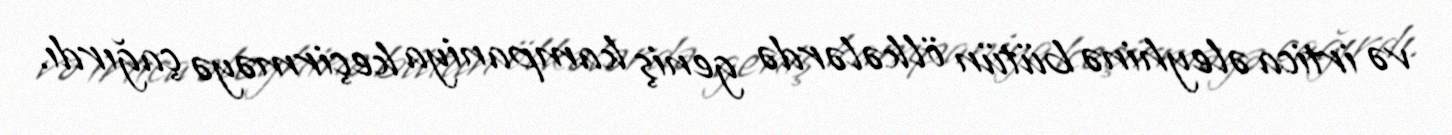
və irtica əleyhinə bütün ölkələrdə geniş kampaniya keçirməyə çağırdı.